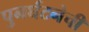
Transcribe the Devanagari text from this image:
पुनर्घटनेची